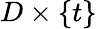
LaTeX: D\times\{ t\}